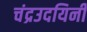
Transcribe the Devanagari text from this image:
चंद्रउदयिनी